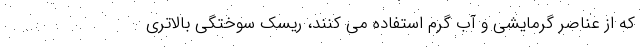
که از عناصر گرمایشی و آب گرم استفاده می‌ کنند، ریسک سوختگی بالاتری